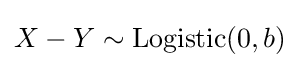
X-Y\sim \operatorname {Logistic} (0,b)